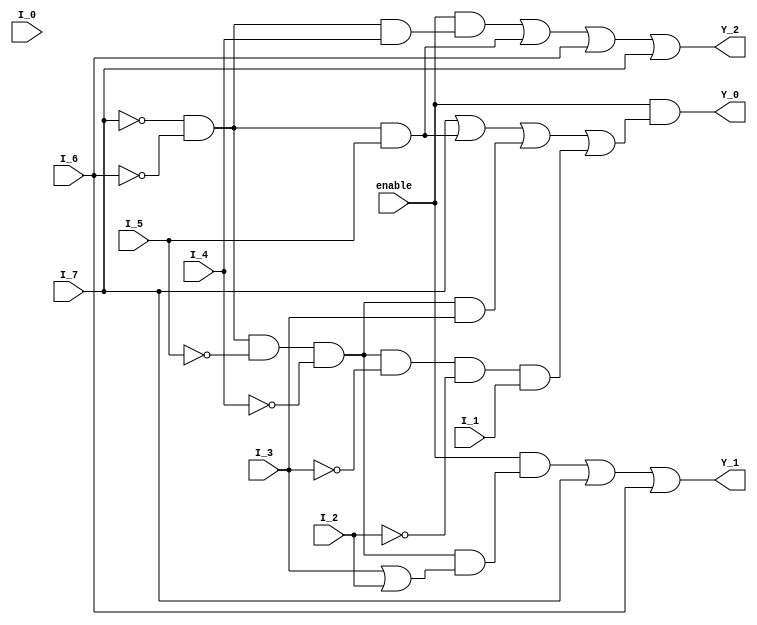
module encoder(
    input I_0,
    input I_1,
    input I_2,
    input I_3,
    input I_4,
    input I_5,
    input I_6,
    input I_7,
	input enable,
    output Y_0,
    output Y_1,
    output Y_2
);
	 
    assign Y_0= enable & (I_7 | ((!I_7)&(!I_6)&I_5) | ((!I_7)&(!I_6)&(!I_5)&(!I_4)&(I_3)) | ((!I_7)&(!I_6)&(!I_5)&(!I_4)&(!I_3)&(!I_2)&(I_1)));
    assign Y_1= enable & ((!I_7)&(!I_6)&(!I_5)&(!I_4)&(I_3|I_2))   |  I_7 | I_6;
    assign Y_2= enable & ((!I_7)&(!I_6)&(I_4)) | ((!I_7)&(!I_6)&(I_5)) | I_6 | I_7;

endmodule